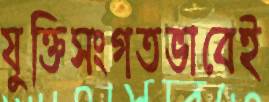
যুক্তিসংগতভাবেই